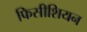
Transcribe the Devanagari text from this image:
फिसीशियन